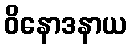
ဝိနောဒနာယ